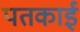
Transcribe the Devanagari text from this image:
पतकाई